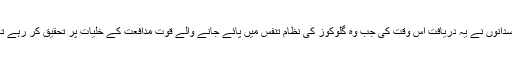
سائنسدانوں نے یہ دریافت اس وقت کی جب وہ گلوکوز کی نظام تنفس میں پائے جانے والے قوت مدافعت کے خلیات پر تحقیق کر رہے تھے۔